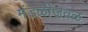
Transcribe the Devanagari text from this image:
मंडळीजवळ